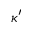
\kappa ^ { \prime }